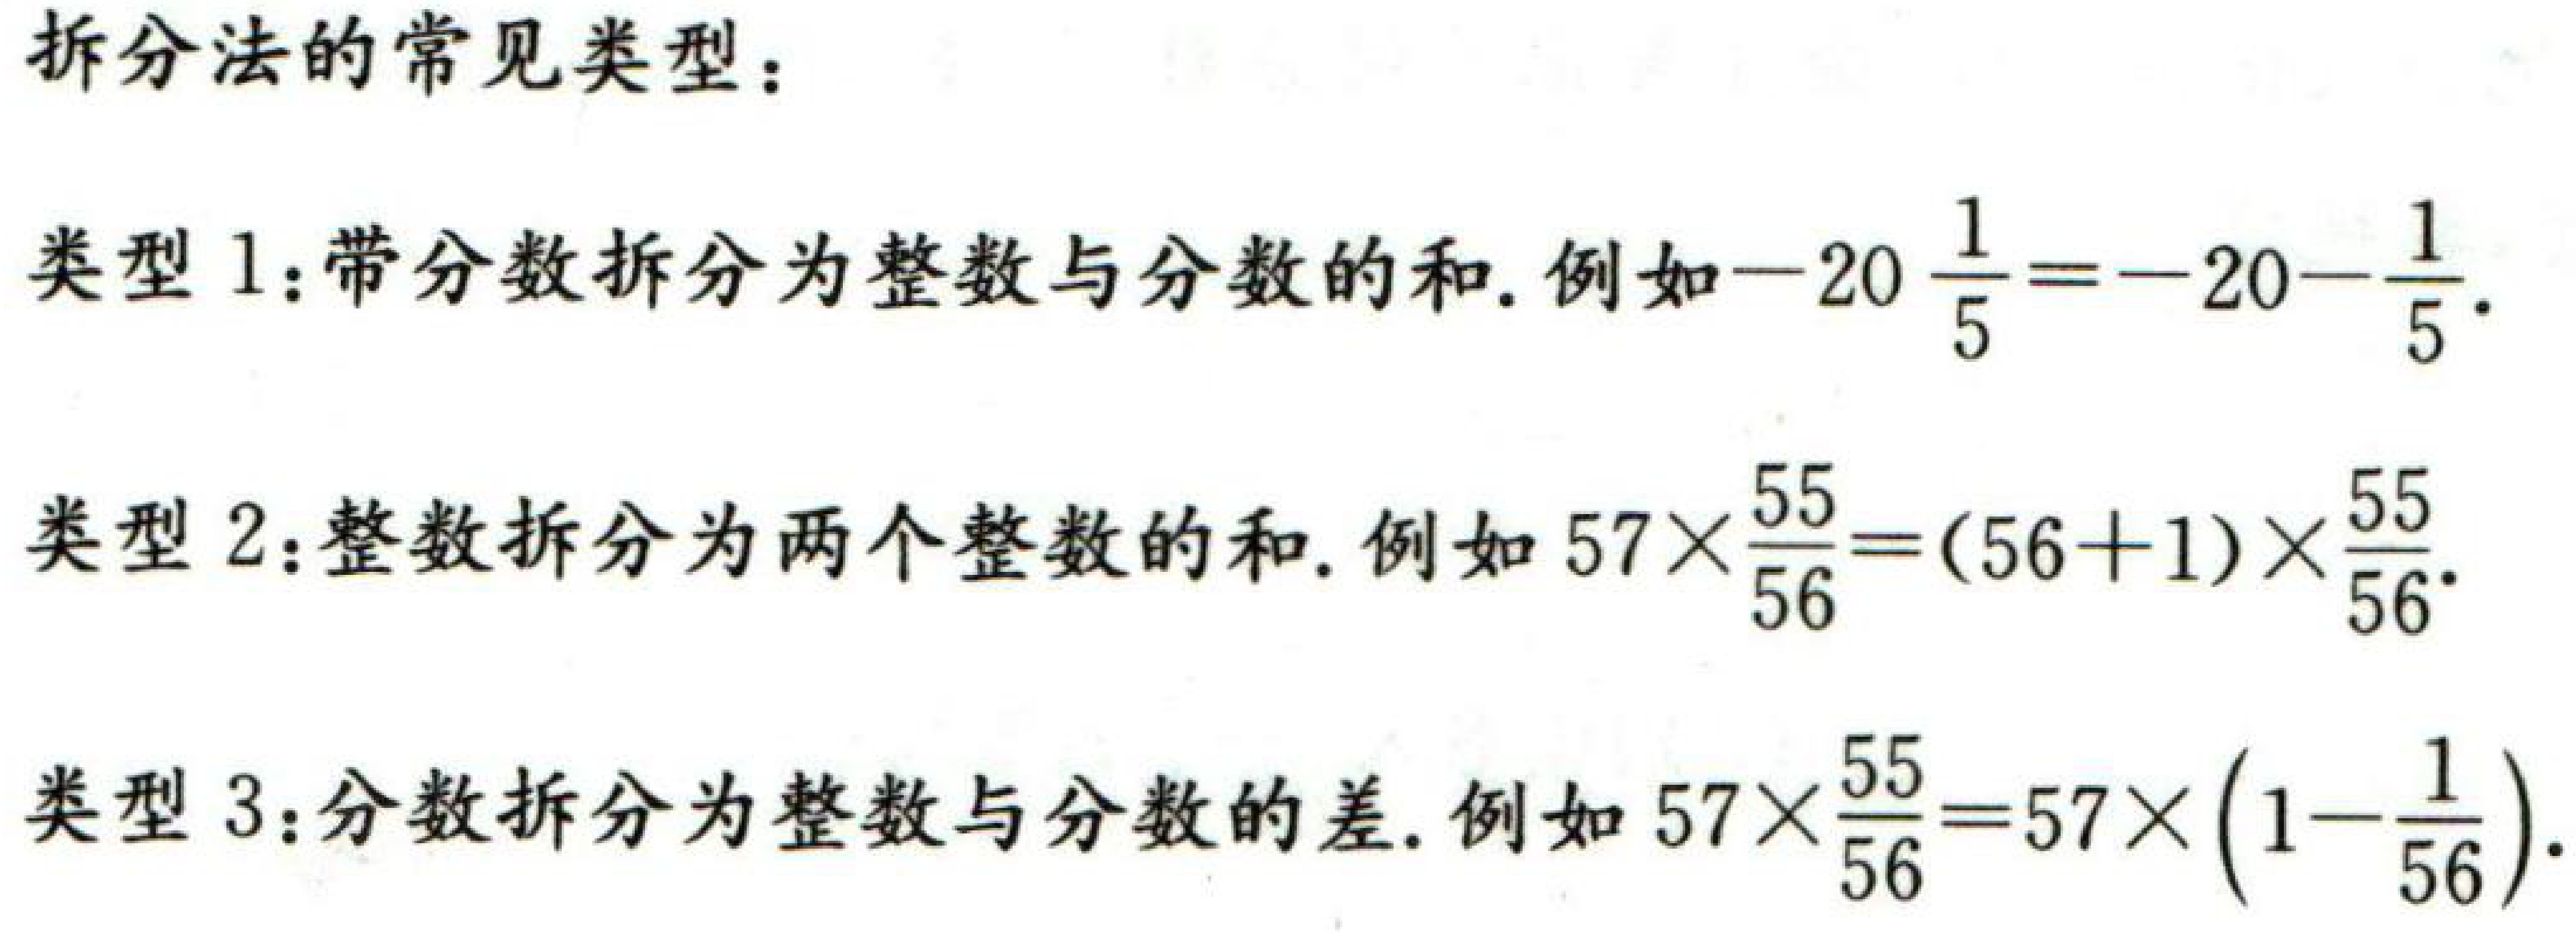
拆分法的常见类型：
类型1：带分数拆分为整数与分数的和. 例如\(-20\frac{1}{5}=-20 - \frac{1}{5}\).
类型2：整数拆分为两个整数的和. 例如\(57\times\frac{55}{56}=(56 + 1)\times\frac{55}{56}\).
类型3：分数拆分为整数与分数的差. 例如\(57\times\frac{55}{56}=57\times(1-\frac{1}{56})\).